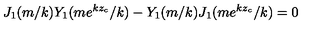
J _ { 1 } ( m / k ) Y _ { 1 } ( m e ^ { k z _ { c } } / k ) - Y _ { 1 } ( m / k ) J _ { 1 } ( m e ^ { k z _ { c } } / k ) = 0